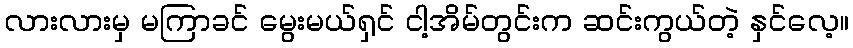
လားလားမှ မကြာခင် မွေးမယ်ရှင် ငါ့အိမ်တွင်းက ဆင်းကွယ်တဲ့ နှင်လေ့။